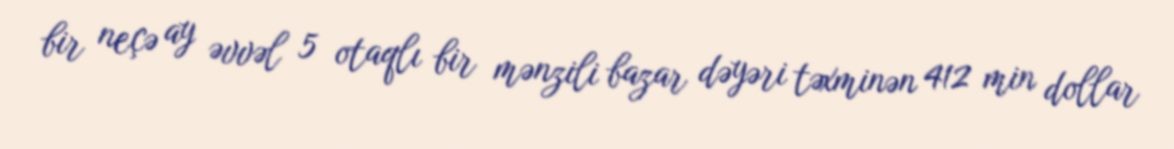
bir neçə ay əvvəl 5 otaqlı bir mənzili bazar dəyəri təxminən 412 min dollar